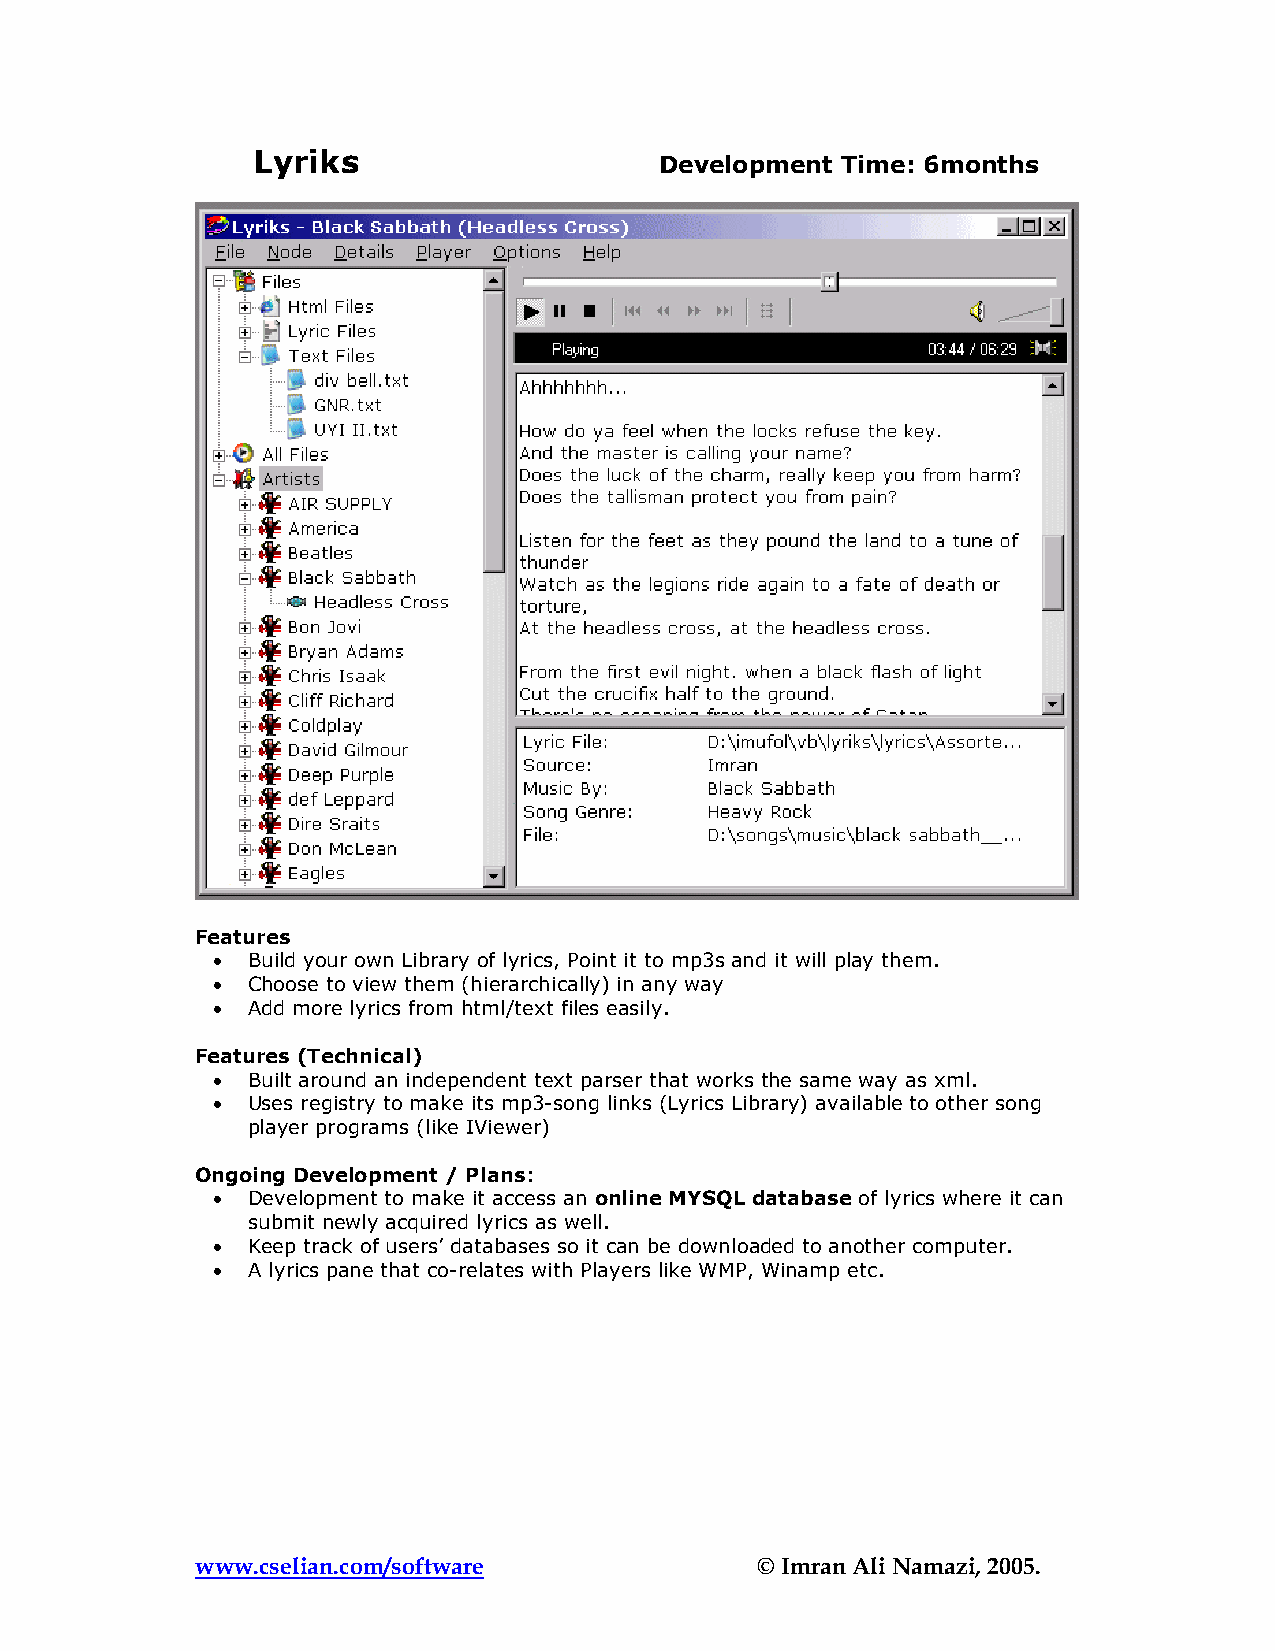
Lyriks                     Development Time: 6months
 Features
 • Build your own Library of lyrics, Point it to mp3s and it will play them.
 • Choose to view them (hierarchically) in any way
 • Add more lyrics from html/text files easily.
 Features (Technical)
 • Built around an independent text parser that works the same way as xml.
 • Uses registry to make its mp3-song links (Lyrics Library) available to other song
 player programs (like IViewer)
 Ongoing Development / Plans:
 • Development to make it access an online MYSQL database of lyrics where it can
 submit newly acquired lyrics as well.
 • Keep track of users’ databases so it can be downloaded to another computer.
 • A lyrics pane that co-relates with Players like WMP, Winamp etc.
 www.cselian.com/software             © Imran Ali Namazi, 2005.